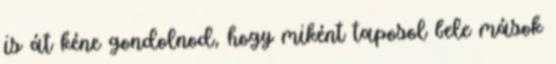
is át kéne gondolnod, hogy miként taposol bele mások